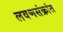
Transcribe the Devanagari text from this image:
लवणसंक्रांत